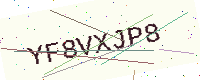
Text: YF8VXJP8